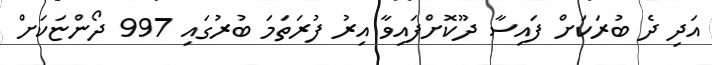
އަދި ދެ ބުރަކަށް ފައިސާ ދޫކޮށްފައިވާ އިރު ފުރަތަމަ ބުރުގައި 997 ދޯންޏަކަށް